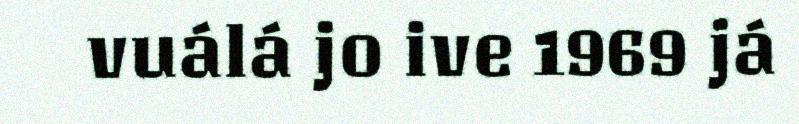
vuálá jo ive 1969 já